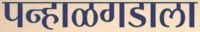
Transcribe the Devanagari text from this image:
पन्हाळगडाला